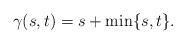
\begin{align*} \gamma(s,t) = s + \min\{s,t\}. \end{align*}